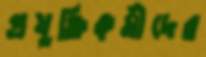
প্রযুক্তিকর্মীদের